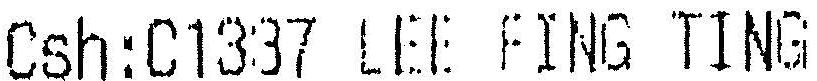
CSH:C1337 LEE FING TING